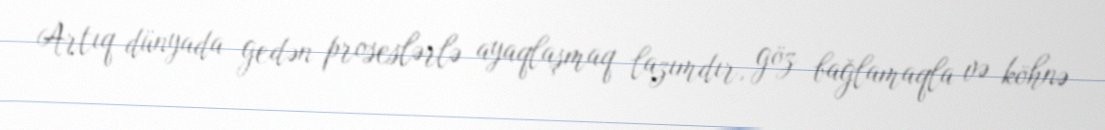
Artıq dünyada gedən proseslərlə ayaqlaşmaq lazımdır, göz bağlamaqla və köhnə